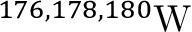
^ { 1 7 6 , 1 7 8 , 1 8 0 } \mathrm { W }